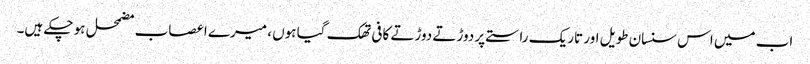
اب میں اس سنسان طویل اور تاریک راستے پر دوڑتے دوڑتے کافی تھک گیا ہوں ، میرے اعصاب مضمحل ہو چکے ہیں۔